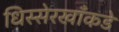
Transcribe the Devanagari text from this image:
धिस्सेरखाँकडे